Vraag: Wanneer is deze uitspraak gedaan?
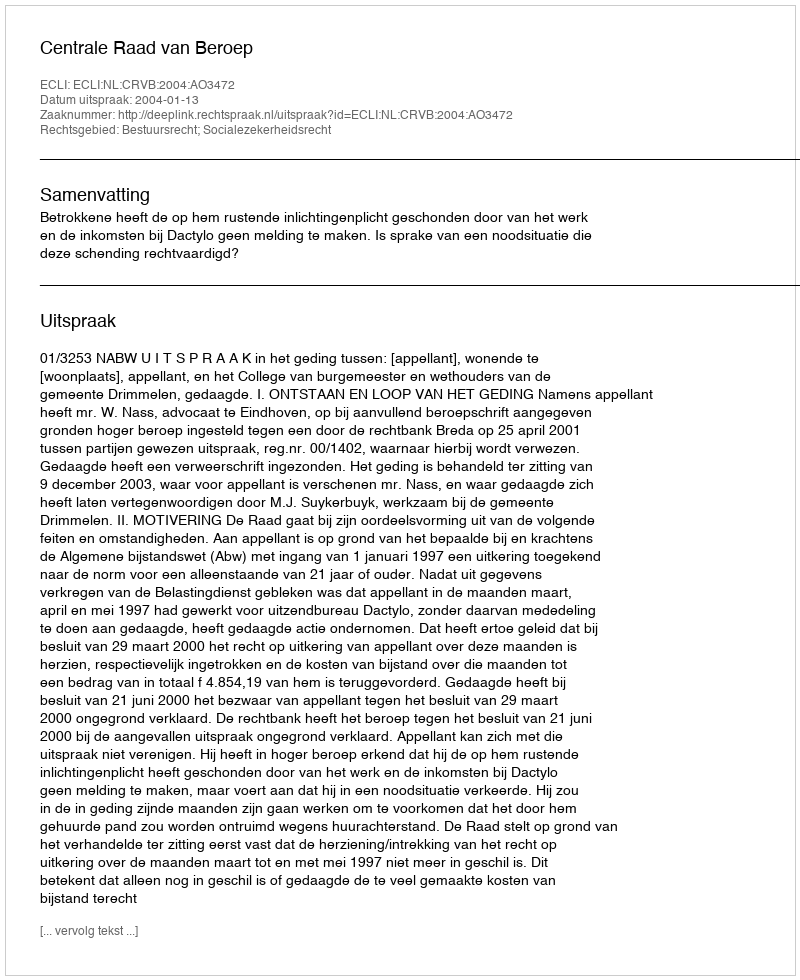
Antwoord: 2004-01-13